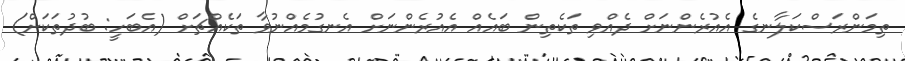
ތިމަންރަސްކަލާނގެ އެއުރެންނަށް ދެއްވި ތަކެތިން ބައެއް އެއުރެންނަށް އެނގުމެއްނުވާ ތަކެއްޗަށް (އެބަހީ: ބުދުތަކަށް)